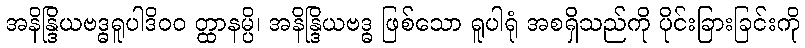
အနိန္ဒြိယဗဒ္ဓရူပါဒိ၀၀ တ္ထာနမ္ပိ၊ အနိန္ဒြိယဗဒ္ဓ ဖြစ်သော ရူပါရုံ အစရှိသည်ကို ပိုင်းခြားခြင်းကို